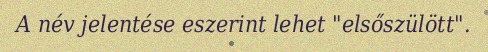
A név jelentése eszerint lehet "elsőszülött".